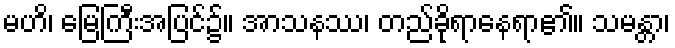
မဟိ၊ မြေကြီးအပြင်၌။ အာသနဿ၊ တည်ခိုရာနေရာ၏။ သမန္တာ၊